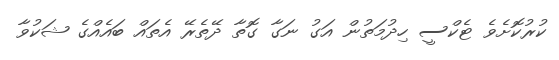
ކުރުކޮށެވެ ޓެކްސީ ހިދުމަތުން އަގު ނަގާ ގޮތާ ދޭތެރޭ އެތައް ބައެއްގެ ޝަކުވާ